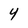
Character: 4